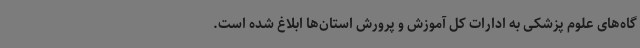
گاه‌های علوم پزشکی به ادارات کل آموزش و پرورش استان‌ها ابلاغ شده است.